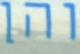
והן